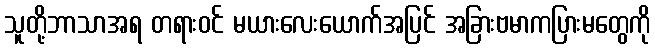
သူတို့ဘာသာအရ တရားဝင် မယားလေးယောက်အပြင် အခြားဗမာကပြားမတွေကို